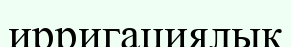
ирригациялық